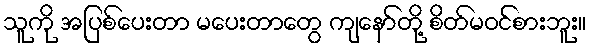
သူကို အပြစ်ပေးတာ မပေးတာတွေ ကျနော်တို့ စိတ်မဝင်စားဘူး။